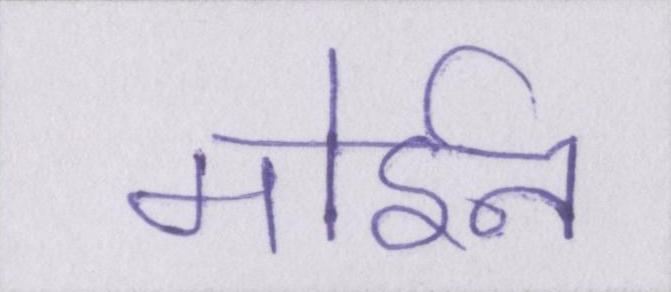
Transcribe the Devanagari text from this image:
मोईन